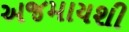
અજમાયશી